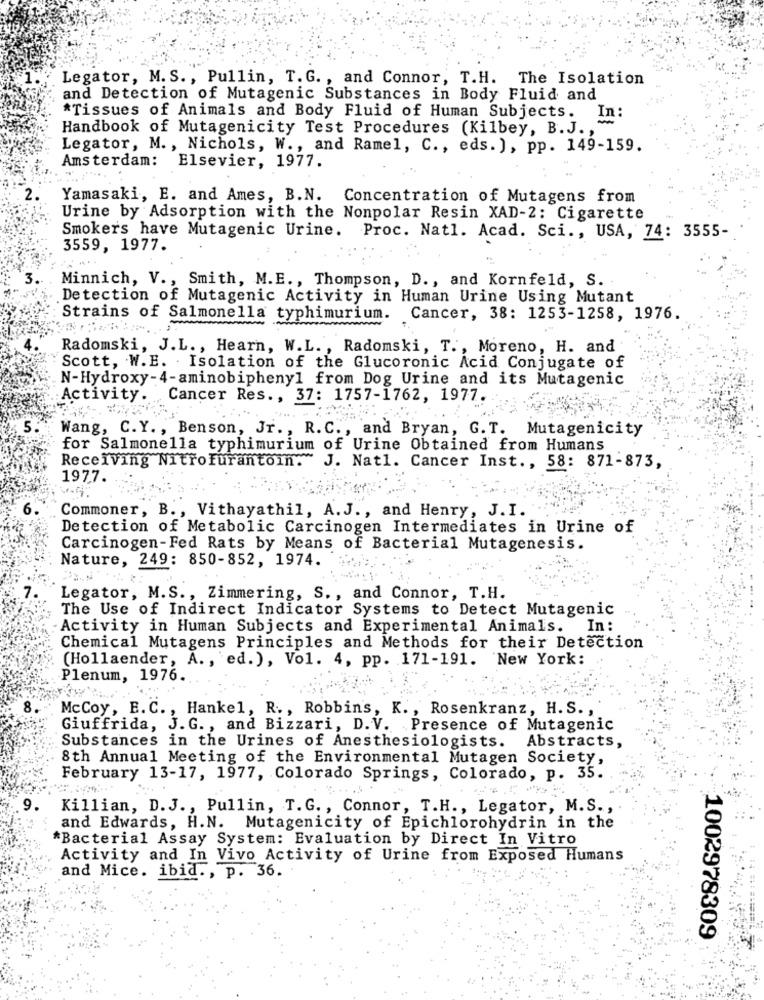
Legator, M. S ., Pullin, T. G ., and Connor, T.H. The Isolation
and Detection of Mutagenic Substances in Body Fluid and
*Tissues of Animals and Body Fluid of Human Subjects. In:
Handbook of Mutagenicity Test Procedures (Kilbey, B.J .,
Legator, M ., Nichols, W ., and Ramel, C ., eds. ), pp. 149-159.
Amsterdam: Elsevier, 1977.
Yamasaki, E. and Ames, B.N. Concentration of Mutagens from
Urine by Adsorption with the Nonpolar Resin XAD-2: Cigarette
Smokers have Mutagenic Urine. Proc. Natl. Acad. Sci ., USA, 74: 3555-
3559, 1977.
Minnich, V ., Smith, M.E ., Thompson, D ., and Kornfeld, S.
Detection of Mutagenic Activity in Human Urine Using Mutant
Strains of Salmonella typhimurium.
Cancer, 38: 1253-1258, 1976.
Radomski, J.L ., Hearn, W.L ., Radomski, T ., Moreno, H. and
Scott, W.E. . Isolation of the Glucoronic Acid Conjugate of
N-Hydroxy-4-aminobiphenyl from Dog Urine and its Mutagenic
Activity ..
Cancer Res ., 37: 1757-1762, 1977.
Wang, C.Y. , Benson, Jr. , R.C ., and Bryan, G. T.
Mutagenicity
for Salmonella typhimurium of Urine Obtained from Humans
Receiving Nitrofurantoin. J. Natl. Cancer Inst ., 58: 871-873,
1977.
Commoner, B ., Vithayathil, A.J ., and Henry, J.I.
Detection of Metabolic Carcinogen Intermediates in Urine of
Carcinogen-Fed Rats by Means of Bacterial Mutagenesis.
Nature, 249: 850-852, 1974.
Legator, M.S ., Zimmering, S ., and Connor, T.H.
The Use of Indirect Indicator Systems to Detect Mutagenic
Activity in Human Subjects and Experimental Animals.
In:
Chemical Mutagens Principles and Methods for their Detection
(Hollaender, A ., ed. ), Vol. 4, pp. 171-191. New York:
Plenum, 1976.
McCoy, E.C. , Hankel, R ., Robbin's, K ., Rosenkranz, H.S .,
Giuffrida, J.G ., and Bizzari, D.V. Presence of Mutagenic
Substances in the Urines of Anesthesiologists. Abstracts,
8th Annual Meeting of the Environmental Mutagen Society,
February 13-17, 1977, Colorado Springs, Colorado, p. 35.
Killian, D.J ., Pullin, T.G ., Connor, T.H ., Legator, M.S .,
and Edwards, H.N. Mutagenicity of Epichlorohydrin in the
*Bacterial Assay System: Evaluation by Direct In Vitro
Activity and In Vivo Activity of Urine from Exposed Humans
and Mice. ibid ., p. 36.
1002978309